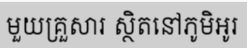
មួយគ្រួសារ ស្ថិតនៅភូមិអូរ